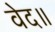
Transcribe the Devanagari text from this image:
वेद॥